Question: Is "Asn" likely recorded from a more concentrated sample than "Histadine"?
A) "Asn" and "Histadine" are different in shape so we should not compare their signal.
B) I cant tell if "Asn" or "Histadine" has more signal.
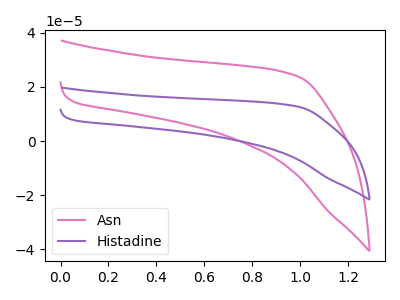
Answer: <think>The pink curve "Asn" has no peaks. The purple curve "Histadine" has no peaks.
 Neither "Asn" or "Histadine" have any peaks.</think>
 <answer>B) I cant tell if "Asn" or "Histadine" has more signal.</answer>
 <eval>B</eval>